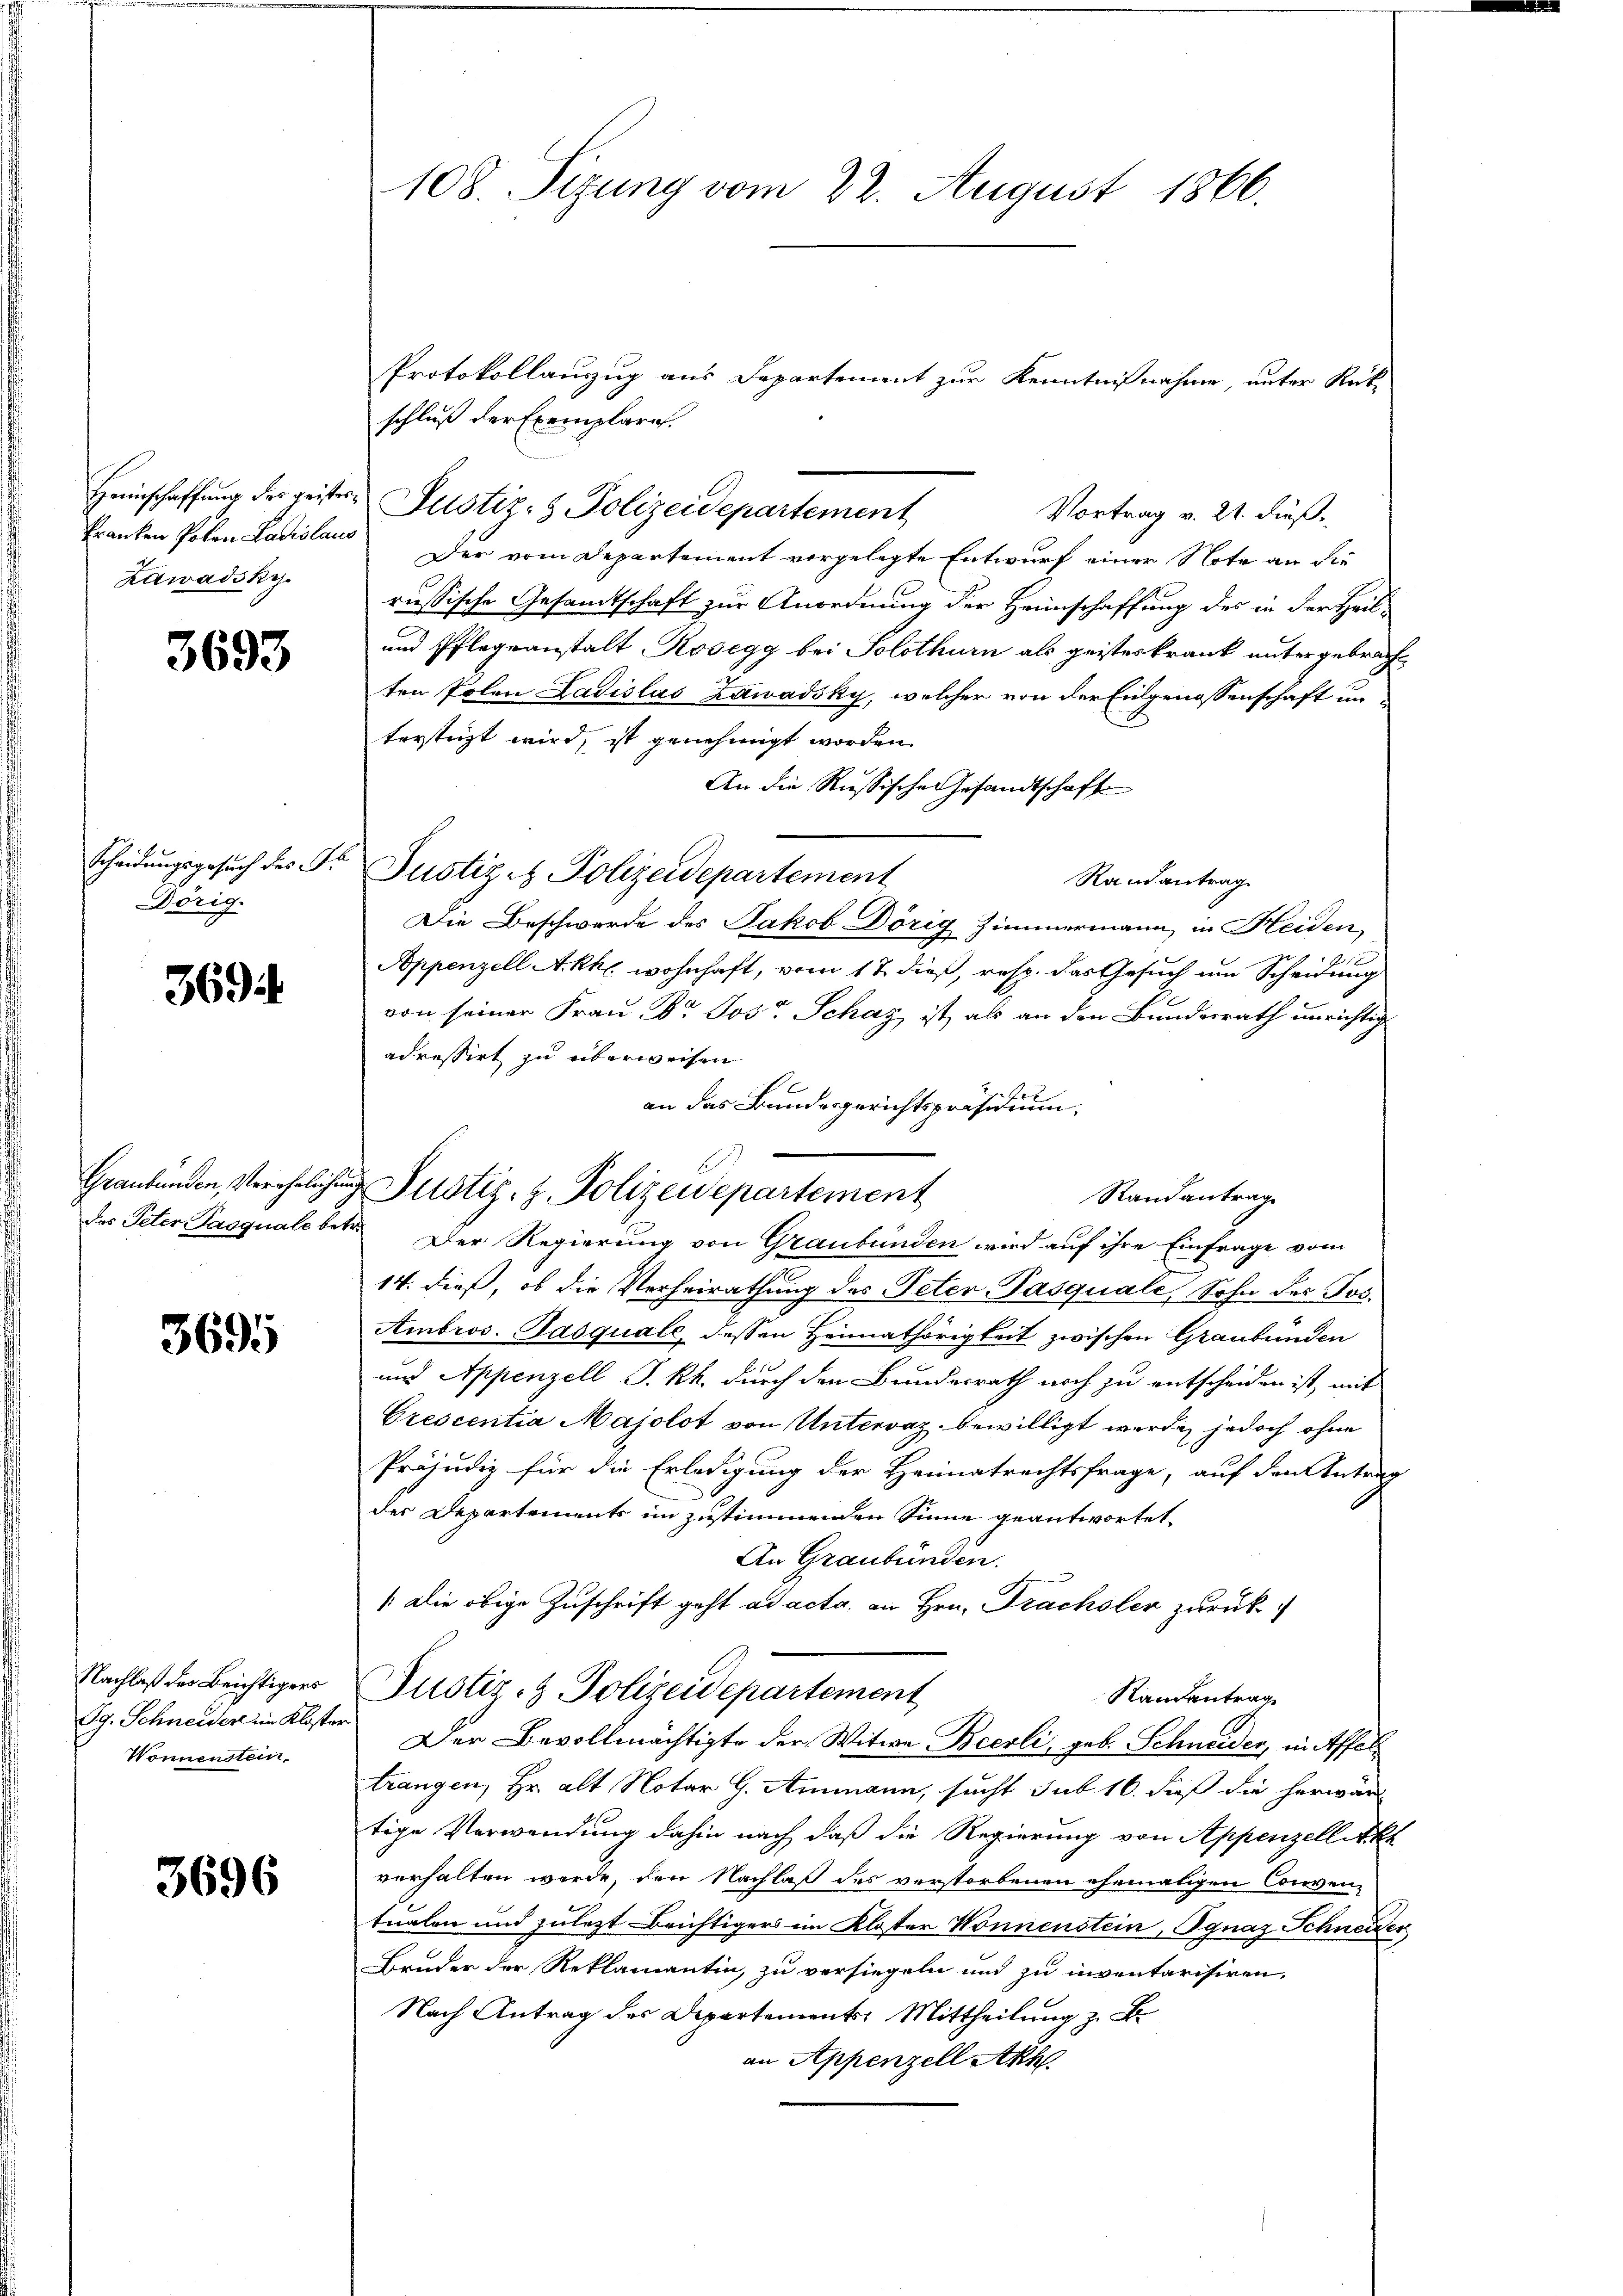
Heimschaffung des geister
kranken Poten Ladislaus
Zawadsky

3693

Scheidungsgesuch des G.
Dörig.

3694

Graubünden, Vereheliche
das Peter Pasquale betr.

3695

Nachlaß des Beichtigers
Pg. Schneider im Kloster
Wonnenstein.

3696

108. Seizung vom 22. August 1866.

Protokollauszug aus Departement zur Kenntnißnahme, unter Rück-
schluß der Exemplare.
Justiz- & Polizeidepartement
Vortrag v. 21. dieß.
Der vom Departement vorgelegte Entwurf einer Note an die
russische Gesamtschaft zur Anordnung der Heimschaffung des in der Heil¬
und Pflegeanstalt Kosegg bei Solothurn als geisteskrank untergebracht
ten Polen Ladislas Zawadsky, welcher von der Eidgenossenschaft unterstüzt wird, ist genehmigt worden.
An die Russische Gesandtschaft
Justiz & Polizeidepartement
Randantrag
Die Beschwerde des Jakob Dörig Zimmermann in Heiden,
Appenzell Akkl. wohnhaft, vom 17. dieß, resp. das Gesuch um Scheidung
von seiner Frau Dr. Jost Schaz ist, als an den Bundesrath unrichtig
adressirt zu überweisen
an das Bundesgerichtspräsidium,
Randantrag
 Der Regierung von Graubünden wird auf ihre Einfrage vom
14. dieß, ob die Verheirathung des Peter Pasquale, Sohn des Jos.
Ambros. Pasquale, dessen Heimathörigkeit zwischen Graubünden
und Appenzell I.Rh. durch den Bundesrath noch zu entscheiden ist, mit
Crescentia Majolot von Untervaz. bewilligt werde, jedoch ohne
Präjudiz für die Erledigung der Heimatrechtsfrage, auf den Antrag
der Departements in zustimmenden Sinne geantwortet.
An Graubünden.
/: Die obige Zuschrift geht ad acta, an Hrn. Trachsler zurück
Justiz- & Polizeidepartement
Randantrag
Der Bevollmächtigte der Witwe Beesli, geb. Schneider, in Affel
trangen, Hr. alt Notar G. Ammann, sucht sub 16. dieß die herwärt
tige Verwendung dahin nach, daß die Regierung von Appenzell Akt
verhalten werde, den Nachlaß des verstorbenen ehemaligen Conven-
tnalen und zulezt Brichtigers im Kloster Wonnenstein, Ignaz Schneider
Bruder der Reklamantin, zu versiegeln und zu inventarisiren,
Nach Antrag des Departements Mittheilung z. B.
an Appenzell Akh.

E
Justiz- & Polizeidepartement